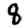
Digit: 8